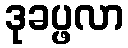
ဒုခပ္ဖလာ